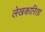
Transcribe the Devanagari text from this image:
लेखकारिता